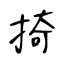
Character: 掎